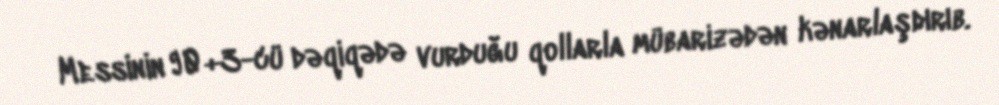
Messinin 90+3-cü dəqiqədə vurduğu qollarla mübarizədən kənarlaşdırıb.